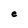
Character: e